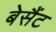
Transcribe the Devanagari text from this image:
बेसैंट